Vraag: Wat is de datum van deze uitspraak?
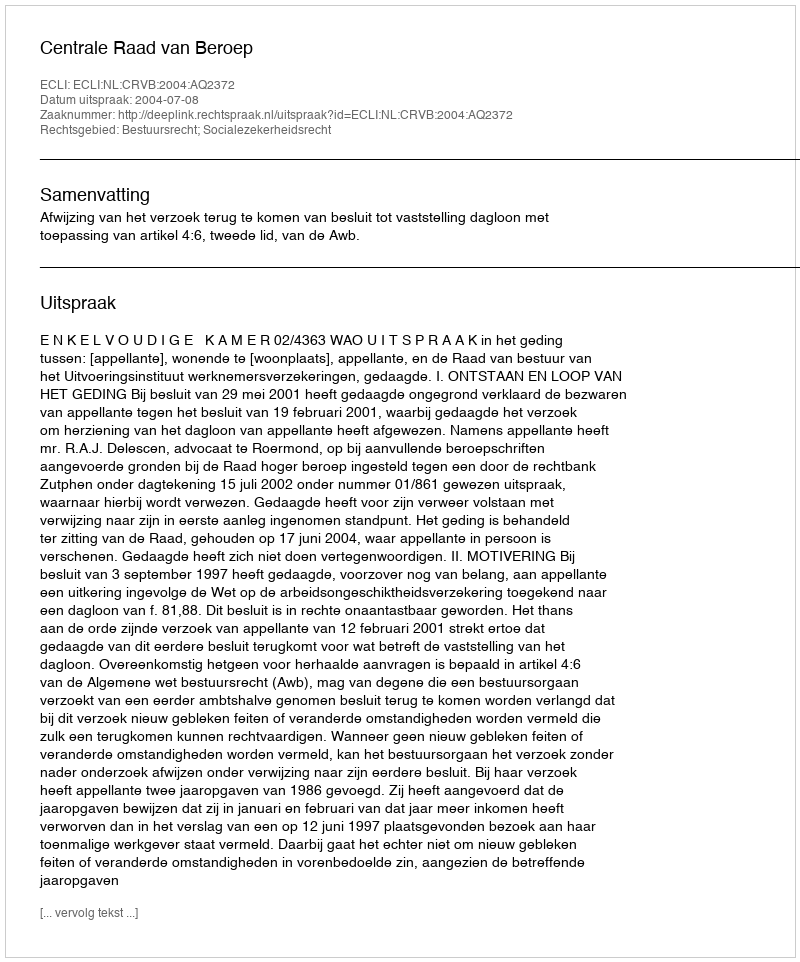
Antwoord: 2004-07-08